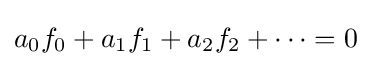
a_{0}f_{0}+a_{1}f_{1}+a_{2}f_{2}+\cdots =0